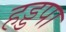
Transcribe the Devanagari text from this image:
हड्डपा